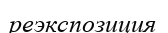
реэкспозиция